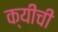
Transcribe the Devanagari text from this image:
क्यीची